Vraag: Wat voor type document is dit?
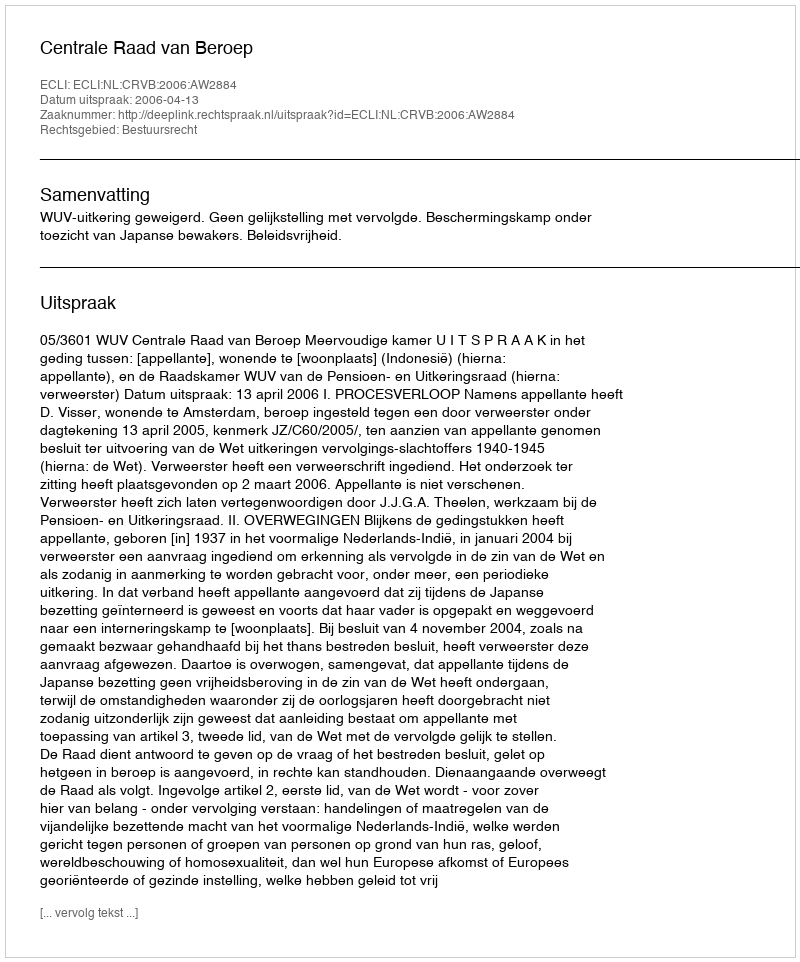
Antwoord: Uitspraak